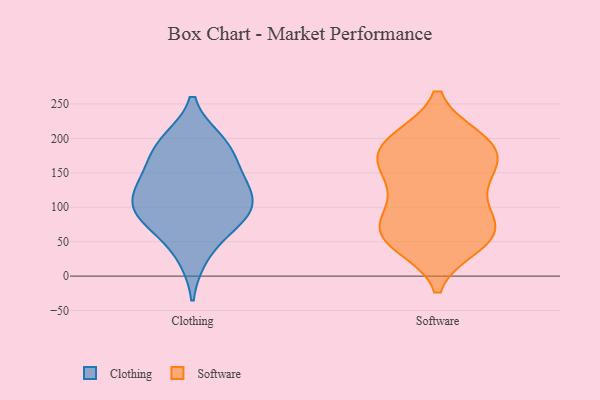
{"axis": {"x": "Energy Usage (MWh)", "y": "Value"}, "legend": ["Clothing", "Software"], "data": [{"x": "", "y": 138, "type": "Clothing"}, {"x": "", "y": 128, "type": "Clothing"}, {"x": "", "y": 91, "type": "Clothing"}, {"x": "", "y": 104, "type": "Clothing"}, {"x": "", "y": 80, "type": "Clothing"}, {"x": "", "y": 184, "type": "Clothing"}, {"x": "", "y": 78, "type": "Clothing"}, {"x": "", "y": 106, "type": "Clothing"}, {"x": "", "y": 30, "type": "Clothing"}, {"x": "", "y": 189, "type": "Clothing"}, {"x": "", "y": 146, "type": "Clothing"}, {"x": "", "y": 195, "type": "Clothing"}, {"x": "", "y": 57, "type": "Software"}, {"x": "", "y": 191, "type": "Software"}, {"x": "", "y": 120, "type": "Software"}, {"x": "", "y": 199, "type": "Software"}, {"x": "", "y": 61, "type": "Software"}, {"x": "", "y": 99, "type": "Software"}, {"x": "", "y": 49, "type": "Software"}, {"x": "", "y": 45, "type": "Software"}, {"x": "", "y": 137, "type": "Software"}, {"x": "", "y": 165, "type": "Software"}, {"x": "", "y": 82, "type": "Software"}, {"x": "", "y": 61, "type": "Software"}, {"x": "", "y": 73, "type": "Software"}, {"x": "", "y": 198, "type": "Software"}, {"x": "", "y": 158, "type": "Software"}, {"x": "", "y": 198, "type": "Software"}, {"x": "", "y": 176, "type": "Software"}, {"x": "", "y": 159, "type": "Software"}]}